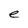
Character: e